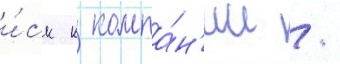
и́ск к компа́н'ии /